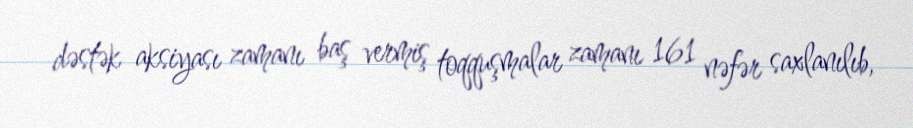
dəstək aksiyası zamanı baş vermiş toqquşmalar zamanı 161 nəfər saxlanılıb,